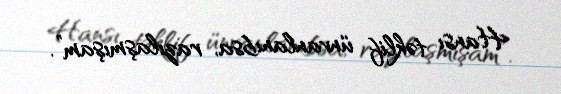
Hansı təklif ünvanlanıbsa, razılaşmışam”.